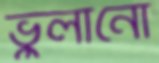
ভুলানো